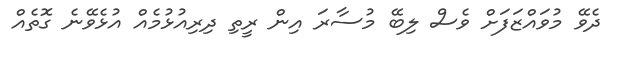
ދެވޭ މުވައްޒަފަށް ވެސް ލިބޭ މުސާރަ އިން ރީތި ދިރިއުޅުމެއް އުޅެވޭނެ ގޮތެއް